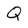
Character: Q